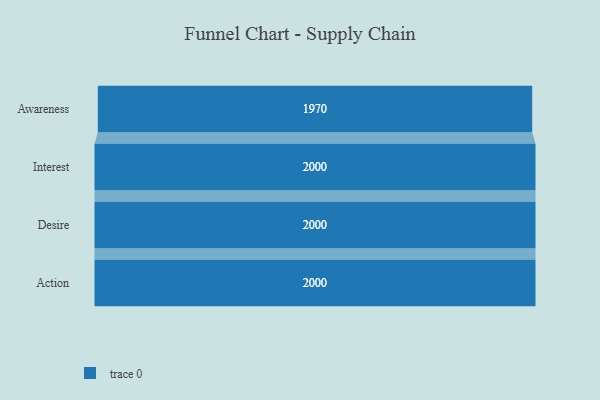
{"axis": {"x": "Stage", "y": "Value"}, "legend": [""], "data": [{"x": "Awareness", "y": 1970.0, "type": ""}, {"x": "Interest", "y": 2000, "type": ""}, {"x": "Desire", "y": 2000, "type": ""}, {"x": "Action", "y": 2000, "type": ""}]}